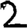
Digit: 2